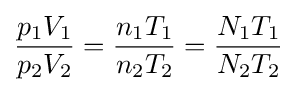
{\frac {p_{1}V_{1}}{p_{2}V_{2}}}={\frac {n_{1}T_{1}}{n_{2}T_{2}}}={\frac {N_{1}T_{1}}{N_{2}T_{2}}}